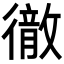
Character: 𭜈